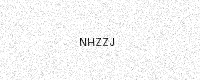
Text: NHZZJ